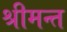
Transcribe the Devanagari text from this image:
श्रीमन्त